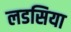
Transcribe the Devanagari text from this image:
लडसिया